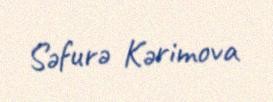
Səfurə Kərimova